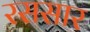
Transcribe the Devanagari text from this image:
रससार